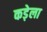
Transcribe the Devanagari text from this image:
कड़ेला